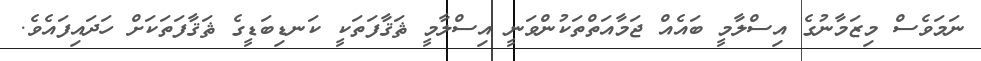
ނަމަވެސް މިޒަމާނުގެ އިސްލާމީ ބައެއް ޖަމާއަތްތަކުންވަނީ އިސްލާމީ ޘަޤާފަތަކީ ކަނޑިބަޑީގެ ޘަޤާފަތަކަށް ހަދައިފައެވެ.